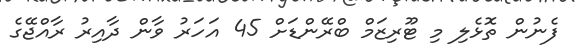
ފެނުން ތޮޅެލި މި ޓޫރިޒަމް ބްރޭންޑަށް 45 އަހަރު ވާން ދާއިރު ރާއްޖޭގެ